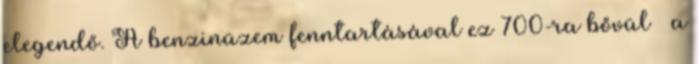
elegendő. A benzinüzem fenntartásával ez 700-ra bővül – a